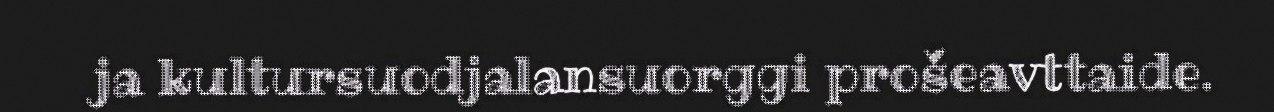
ja kultursuodjalansuorggi prošeavttaide.